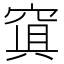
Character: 𥦴